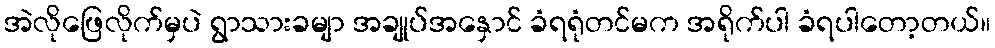
အဲလိုဖြေလိုက်မှပဲ ရွာသားခမျာ အချုပ်အနှောင် ခံရရုံတင်မက အရိုက်ပါ ခံရပါတော့တယ်။